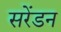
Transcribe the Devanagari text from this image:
सरेंडन